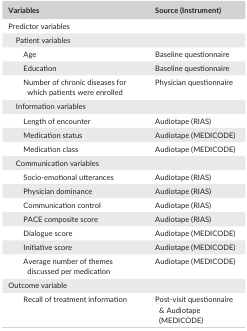
<table><thead><tr><td><b>Variables</b></td><td><b>Source (Instrument)</b></td></tr></thead><tbody><tr><td colspan="2">Predictor variables</td></tr><tr><td colspan="2">Patient variables</td></tr><tr><td>Age</td><td>Baseline questionnaire</td></tr><tr><td>Education</td><td>Baseline questionnaire</td></tr><tr><td>Number of chronic diseases for which patients were enrolled</td><td>Physician questionnaire</td></tr><tr><td colspan="2">Information variables</td></tr><tr><td>Length of encounter</td><td>Audiotape (RIAS)</td></tr><tr><td>Medication status</td><td>Audiotape (MEDICODE)</td></tr><tr><td>Medication class</td><td>Audiotape (MEDICODE)</td></tr><tr><td colspan="2">Communication variables</td></tr><tr><td>Socio‐emotional utterances</td><td>Audiotape (RIAS)</td></tr><tr><td>Physician dominance</td><td>Audiotape (RIAS)</td></tr><tr><td>Communication control</td><td>Audiotape (RIAS)</td></tr><tr><td>PACE composite score</td><td>Audiotape (RIAS)</td></tr><tr><td>Dialogue score</td><td>Audiotape (MEDICODE)</td></tr><tr><td>Initiative score</td><td>Audiotape (MEDICODE)</td></tr><tr><td>Average number of themes discussed per medication</td><td>Audiotape (MEDICODE)</td></tr><tr><td colspan="2">Outcome variable</td></tr><tr><td>Recall of treatment information</td><td>Post‐visit questionnaire &amp; Audiotape (MEDICODE)</td></tr></tbody></table>